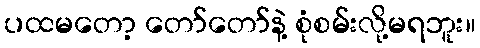
ပထမတော့ တော်တော်နဲ့ စုံစမ်းလို့မရဘူး။